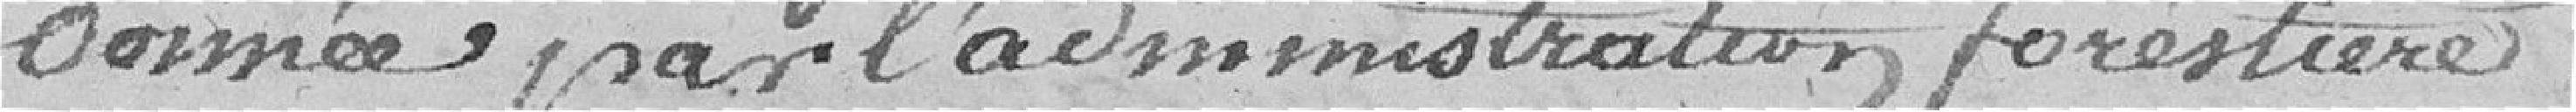
donnée par l'administration forestière.